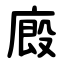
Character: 廄